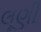
લૂણી